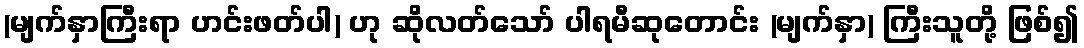
(မျက်နှာကြီးရာ ဟင်းဖတ်ပါ) ဟု ဆိုလတ်သော် ပါရမီဆုတောင်း (မျက်နှာ) ကြီးသူတို့ ဖြစ်၍